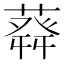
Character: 𦽬